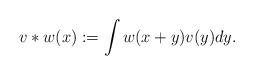
LaTeX: \begin{align*}v \ast w(x) &:= \int w(x+y)v(y)dy.\end{align*}